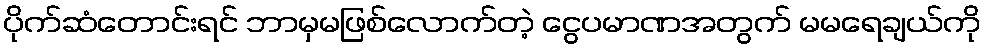
ပိုက်ဆံတောင်းရင် ဘာမှမဖြစ်လောက်တဲ့ ငွေပမာဏအတွက် မမရေချယ်ကို